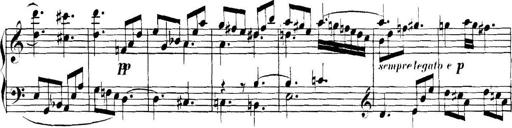
Title: Collected Piano Sonatas
Composer: Muzio Clementi